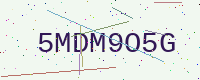
Text: 5MDM9O5G